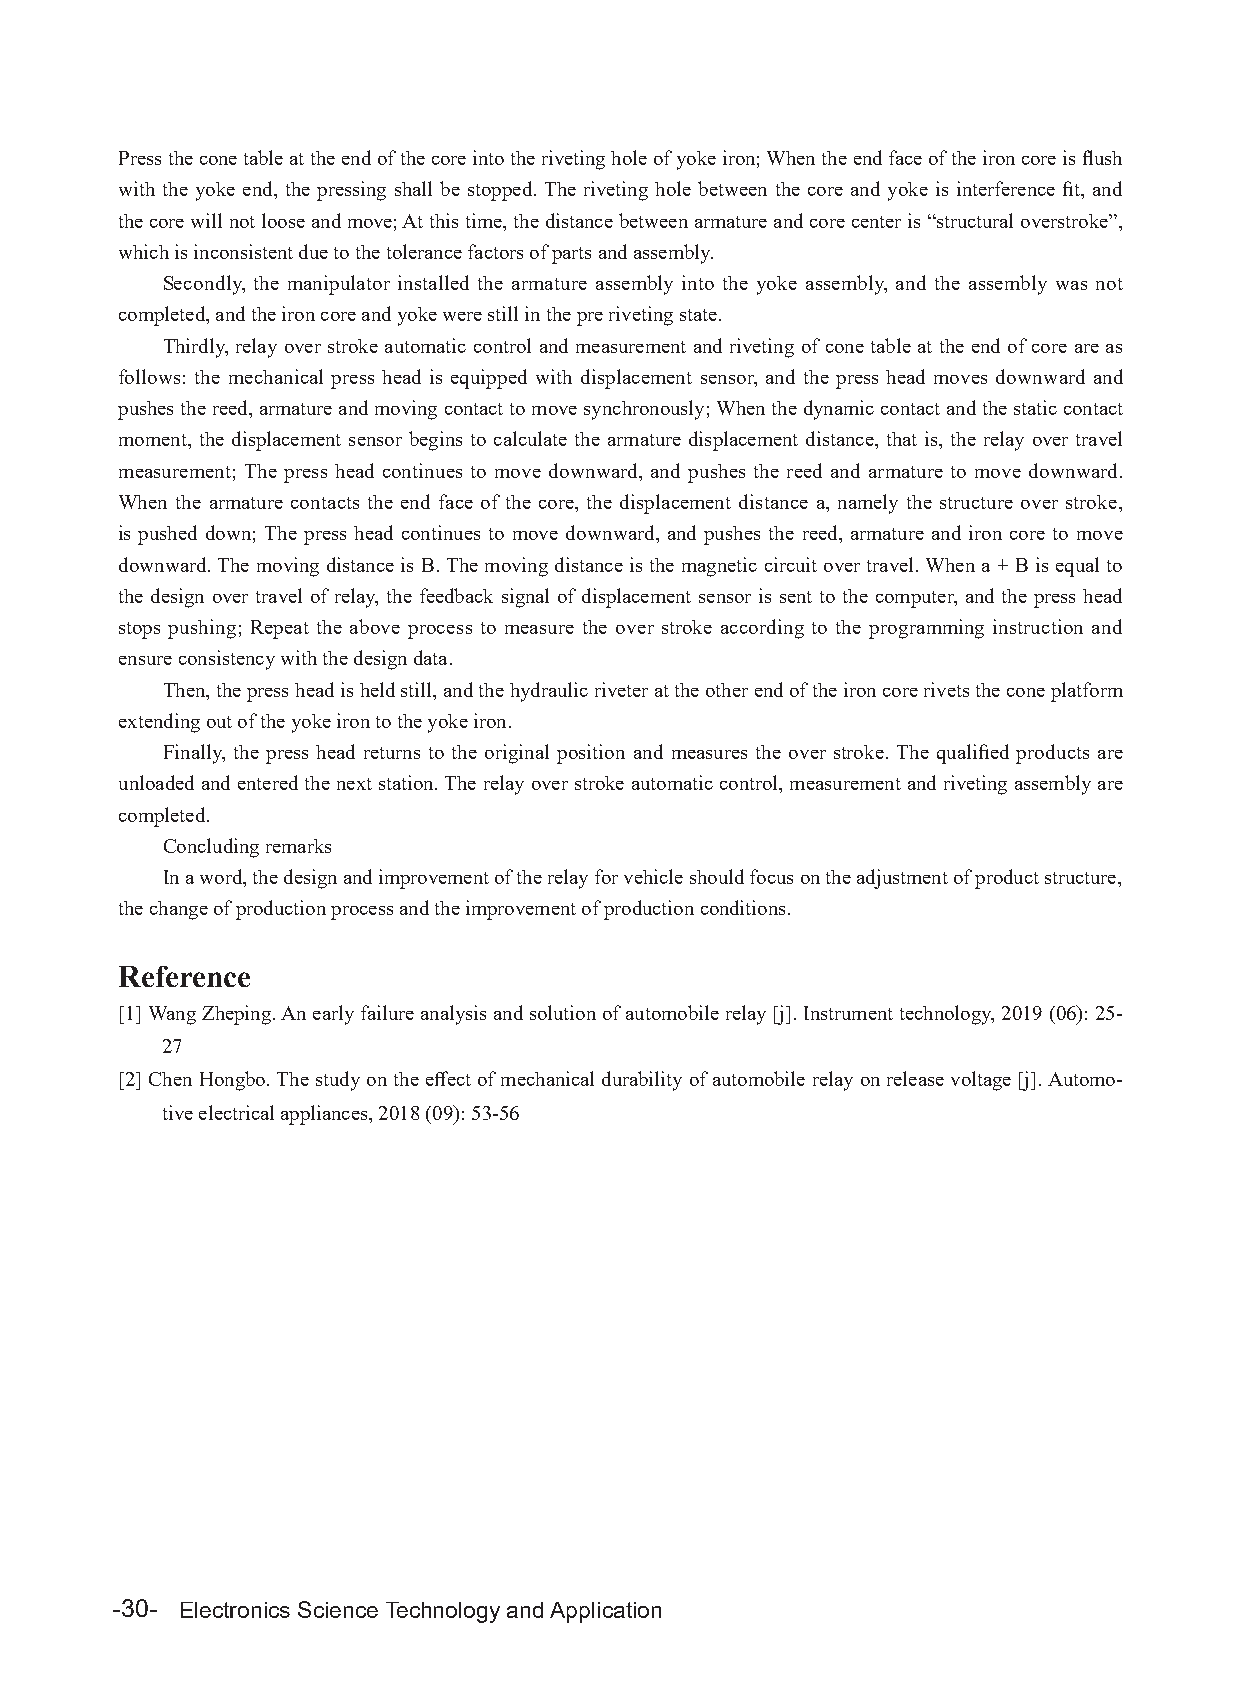
Press the cone table at the end of the core into the riveting hole of yoke iron; When the end face of the iron core is flush
 with the yoke end, the pressing shall be stopped. The riveting hole between the core and yoke is interference fit, and
 the core will not loose and move; At this time, the distance between armature and core center is “structural overstroke”,
 which is inconsistent due to the tolerance factors of parts and assembly.
 Secondly, the manipulator installed the armature assembly into the yoke assembly, and the assembly was not
 completed, and the iron core and yoke were still in the pre riveting state.
 Thirdly, relay over stroke automatic control and measurement and riveting of cone table at the end of core are as
 follows: the mechanical press head is equipped with displacement sensor, and the press head moves downward and
 pushes the reed, armature and moving contact to move synchronously; When the dynamic contact and the static contact
 moment, the displacement sensor begins to calculate the armature displacement distance, that is, the relay over travel
 measurement; The press head continues to move downward, and pushes the reed and armature to move downward.
 When the armature contacts the end face of the core, the displacement distance a, namely the structure over stroke,
 is pushed down; The press head continues to move downward, and pushes the reed, armature and iron core to move
 downward. The moving distance is B. The moving distance is the magnetic circuit over travel. When a + B is equal to
 the design over travel of relay, the feedback signal of displacement sensor is sent to the computer, and the press head
 stops pushing; Repeat the above process to measure the over stroke according to the programming instruction and
 ensure consistency with the design data.
 Then, the press head is held still, and the hydraulic riveter at the other end of the iron core rivets the cone platform
 extending out of the yoke iron to the yoke iron.
 Finally, the press head returns to the original position and measures the over stroke. The qualified products are
 unloaded and entered the next station. The relay over stroke automatic control, measurement and riveting assembly are
 completed.
 Concluding remarks
 In a word, the design and improvement of the relay for vehicle should focus on the adjustment of product structure,
 the change of production process and the improvement of production conditions.
 Reference
 [1] Wang Zheping. An early failure analysis and solution of automobile relay [j]. Instrument technology, 2019 (06): 25-
 27
 [2] Chen Hongbo. The study on the effect of mechanical durability of automobile relay on release voltage [j]. Automo-
 tive electrical appliances, 2018 (09): 53-56
 -30- Electronics Science Technology and Application